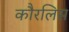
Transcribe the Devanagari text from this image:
कौरलिस